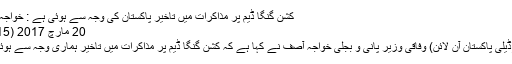
کشن گنگا ڈیم پر مذاکرات میں تاخیر پاکستان کی وجہ سے ہوئی ہے : خواجہ آصف
20 مارچ 2017 (21:15)
لاہور(ڈیلی پاکستان آن لائن) وفاقی وزیر پانی و بجلی خواجہ آصف نے کہا ہے کہ کشن گنگا ڈیم پر مذاکرات میں تاخیر ہماری وجہ سے ہوئی ہے۔